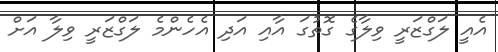
އެއީ ލަގްޒަރީ ވިލާގެ ގޮތުގަ އާއި އަދި އެހެންމެ ލަގްޒަރީ ވިލާ އަށް